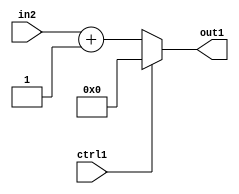
`timescale 1ps / 1ps
/*****************************************************************************
    Verilog RTL Description
    
    
    Created by: CellMath Designer 2019.1.01 
*******************************************************************************/

module avg_pool_Muxi0Add2i1s8u1_4_1 (
	in2,
	ctrl1,
	out1
	); /* architecture "behavioural" */ 
input [7:0] in2;
input  ctrl1;
output [7:0] out1;
wire [7:0] asc001,
	asc003;

assign asc003 = 
	+(in2)
	+(8'B00000001);

reg [7:0] asc001_tmp_0;
assign asc001 = asc001_tmp_0;
always @ (ctrl1 or asc003) begin
	case (ctrl1)
		1'B1 : asc001_tmp_0 = 8'B00000000 ;
		default : asc001_tmp_0 = asc003 ;
	endcase
end

assign out1 = asc001;
endmodule

/* CADENCE  v7H4SAo= : u9/ySgnWtBlWxVPRXgAZ4Og= ** DO NOT EDIT THIS LINE ******/